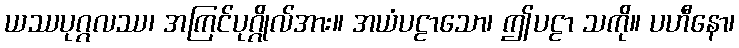
ယဿပုဂ္ဂလဿ၊ အကြင်ပုဂ္ဂိုလ်အား။ အယံပဠာသော၊ ဤပဠာ သကို။ ပဟီနော၊